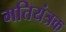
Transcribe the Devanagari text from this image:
गतियंत्रक